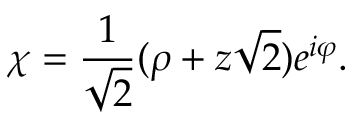
\chi = { \frac { 1 } { \sqrt 2 } } ( \rho + z \sqrt 2 ) e ^ { i \varphi } .